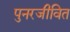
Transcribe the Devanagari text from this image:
पुनरजीवित